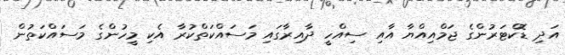
އަދި ޑޮކްޓަރުންގެ ޖަމްއިއްޔާ އާއި ސިއްހީ ދާއިރާގައި މަސައްކަތްކުރާ އެކި މީހުންގެ މަސައްކަތުން